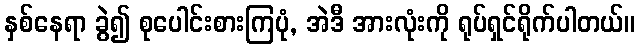
နှစ်နေရာ ခွဲ၍ စုပေါင်းစားကြပုံ, အဲဒီ အားလုံးကို ရုပ်ရှင်ရိုက်ပါတယ်။